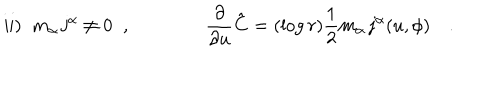
LaTeX: \mathrm { i i } ) \; \; m _ { \alpha } \, { \bf j ^ { \alpha } } \ne 0 \; \; , \qquad \qquad \frac { \partial } { \partial u } { \bf { \hat { C } } } = ( \log r ) \frac { 1 } { 2 } m _ { \alpha } \, { \bf j ^ { \alpha } } ( u , \phi ) \quad . \qquad \qquad \qquad \qquad